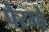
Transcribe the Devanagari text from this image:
पैरग्वे